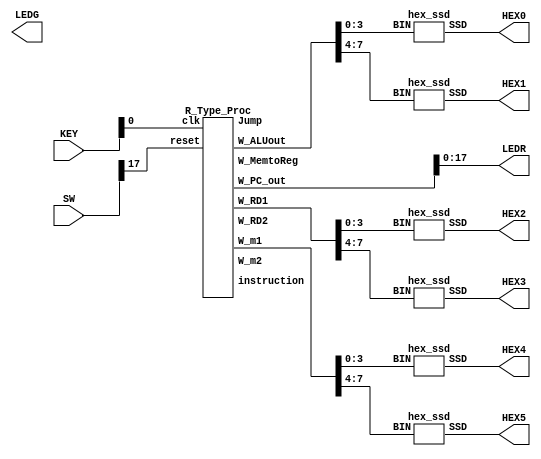
//Test bench
module finalLab(SW,LEDR,LEDG,KEY, HEX5, HEX4, HEX3, HEX2, HEX1, HEX0);
	input [17:0] SW;
    input [3:0] KEY;
    output [0:6] HEX5, HEX4, HEX3, HEX2, HEX1, HEX0;
	output [17:0] LEDR;
	output [7:0] LEDG;

	reg reset, clk;
    wire [31:0] W_PC_out, instruction, W_RD1, W_RD2, W_m1, W_m2, W_ALUout, W_MemtoReg;
    wire Jump;
    	
    assign LEDR=W_PC_out[17:0];
	hex_ssd C1(W_ALUout[3:0], HEX0);
	hex_ssd C2(W_ALUout[7:4], HEX1);
	hex_ssd C3(W_RD1[3:0], HEX2);
	hex_ssd C4(W_RD1[7:4], HEX3);
	hex_ssd C5(W_m1[3:0], HEX4);
	hex_ssd C6(W_m1[7:4], HEX5);	
	
	R_Type_Proc DUT(.reset(SW[17]), .clk(KEY[0]), .W_PC_out(W_PC_out), .instruction(instruction), .W_RD1(W_RD1), .W_RD2(W_RD2), .W_m1(W_m1), .W_m2(W_m2), .W_ALUout(W_ALUout), .W_MemtoReg(W_MemtoReg),.Jump(Jump));	
endmodule



module R_Type_Proc(reset, clk, W_PC_out, instruction, W_RD1, W_RD2, W_m1, W_m2, W_ALUout, W_MemtoReg,Jump);
    input reset, clk;
    output [31:0] W_PC_out, instruction, W_RD1, W_RD2, W_m1, W_m2, W_ALUout, W_MemtoReg;
    output Jump;
    wire [31:0] W_PC_in, W_PC_out, W_PC_plus_1, W_Branch_add, W_RDm,W4,W_Jump_PC;
    wire [4:0] W_m3;
    wire [2:0] ALUop;
    wire PC_Src, RegDst, RegWrite, ALU_Src, zero, MemRead, MemWrite, MemtoReg;
    Program_Counter C1(clk, reset, W_PC_in, W_PC_out);
    Adder32Bit C2(W_PC_out, 32'b1, W_PC_plus_1);
    Mux_32_bit C3(W_PC_plus_1, W_m2, W4, PC_Src);
    Adder32Bit C4(W_PC_plus_1, W_Branch_add, W_m2);
    Instruction_Memory C5(W_PC_out, instruction, reset);
    Mux_5_bit C13(instruction[20:16], instruction[15:11], W_m3, RegDst);
    Register_File C6(clk,instruction[25:21], instruction[20:16], W_m3, W_RD1, W_RD2, W_MemtoReg, RegWrite);
    Sign_Extension C7(instruction[15:0], W_Branch_add);
    Mux_32_bit C8(W_RD2, W_Branch_add, W_m1, ALU_Src);
    alu C9(ALUop, W_RD1, W_m1, W_ALUout, zero);
    Data_Memory C10(W_ALUout, W_RD2, W_RDm, MemRead, MemWrite);
    Mux_32_bit C11(W_ALUout, W_RDm, W_MemtoReg, MemtoReg);
    //Control C12(clk, instruction[31:26],instruction[5:0], RegDst, PC_Src, MemRead, MemtoReg, ALUop, MemWrite, ALU_Src, RegWrite, zero,Jump);
	Control C12(.clk(clk),.Op_intstruct(instruction[31:26]), .ints_function(instruction[5:0]), .RegDst(RegDst), .PcScrc(PC_Src), .MemRead(MemRead), .MemtoReg(MemtoReg), .ALUOp(ALUop), .MemWrite(MemWrite), .ALUSrc(ALU_Src), .RegWrite(RegWrite) , .Zero(zero), .Jump(Jump));
////
//module Control(.clk(clk),.Op_intstruct(instruction[31:26]), .ints_function(instruction[5:0]), .RegDst(RegDst), .PcScrc(PC_Src), .MemRead(MemRead), .MemtoReg(MemtoReg), .ALUOp(ALUop), .MemWrite(MemWrite), .ALUSrc(ALU_Src), .RegWrite(RegWrite) , .Zero(zero), .Jump(Jump));
	//input clk,Zero;
    //input [5:0] ints_function;
    //input [5:0] Op_intstruct;
    //output reg RegDst,PcScrc,MemRead,MemtoReg,Jump;
    //output reg [2:0] ALUOp;
    //output reg MemWrite,ALUSrc,RegWrite;

    
    
    
    Sign_Extension_26   comp14(instruction[25:0], W_Jump_PC);
    Mux_32_bit          comp15(W4, W_Jump_PC, W_PC_in, Jump);
    
endmodule

module Control(clk,Op_intstruct,ints_function,RegDst,PcScrc,MemRead,MemtoReg,ALUOp,MemWrite,ALUSrc,RegWrite,Zero,Jump);
    input clk,Zero;
    input [5:0] ints_function;
    input [5:0] Op_intstruct;
    output reg RegDst,PcScrc,MemRead,MemtoReg,Jump;
    output reg [2:0] ALUOp;
    output reg MemWrite,ALUSrc,RegWrite;
    always @(posedge clk)
    begin
        case(Op_intstruct)
            6'b000000:   // R -Type Instruction
                begin
                    RegDst=1;
                    Jump=0;
                    PcScrc=0;
                    MemRead=0;
                    MemtoReg=0;
                    MemWrite=0;
                    ALUSrc=0;
                    RegWrite=1;
                    ALUOp =3'b000;
                    if(ints_function==6'b100000) // add
                            ALUOp =3'b000;
                                  
                    if(ints_function==6'b100010) // sub 
                            ALUOp =3'b001;
                                   
                    if(ints_function==6'b100100) // and
                            ALUOp =3'b010;
                                   
                    if(ints_function==6'b100101) // or
                            ALUOp =3'b010;
                end
            6'b000100: // beq instruction
                begin
                    RegDst=0;
                    Jump=0;
                    if (Zero==1) begin
                                    PcScrc=1;
                                end 
                    else        begin
                                    PcScrc=0;
                                end
                    MemRead=0;
                    MemtoReg=0;
                    ALUOp =3'b111;
                    MemWrite=0;
                    ALUSrc=0;
                    RegWrite=0;
                  //  $display("beq");
                end
            
            6'b100011:  //load word instruction
                begin
                    RegDst=0;
                    Jump=0;
                    PcScrc=0;
                    MemRead=1;
                    MemtoReg=1;
                    ALUOp =3'b000;
                    MemWrite=0;
                    ALUSrc=1;
                    RegWrite=1;
                  //    $display("LW");
                end
            
            6'b101011: // Store Instruction
                begin
                    RegDst=0;
                    PcScrc=0;
                    Jump=0;
                    MemRead=0;
                    MemtoReg=0;
                    ALUOp =3'b000;
                    MemWrite=1;
                    ALUSrc=1;
                    RegWrite=0;
                  //  $display("SW");
                end
             6'b001000: // addi Instruction
                begin
                    RegDst=0;
                    Jump=0;
                    PcScrc=0;
                    MemRead=0;
                    MemtoReg=0;
                    ALUOp =3'b000;
                    MemWrite=0;
                    ALUSrc=1;
                    RegWrite=1;
                  //    $display("addi");
                end
                
            6'b100010: // jump Instruction
                begin
                    RegDst=0;
                    Jump=1;
                    PcScrc=0;
                    MemRead=0;
                    MemtoReg=0;
                    ALUOp =3'b000;
                    MemWrite=0;
                    ALUSrc=1;
                    RegWrite=1;
                 //   $display("Jump");
                end
            6'b000101:  //bne
                begin
                    RegDst=0;
                    Jump=0;
                    if (Zero==0) begin
                                    PcScrc=1;
                                end 
                    else        begin
                                    PcScrc=0;
                                end
                    MemRead=0;
                    MemtoReg=0;
                    ALUOp =3'b111;
                    MemWrite=0;
                    ALUSrc=0;
                    RegWrite=0;
                  //  $display("brne");
                end
                
            default :
                begin
                    RegDst=1;
                    PcScrc=0;
                    Jump=0;
                    MemRead=0;
                    MemRead=0;
                    MemtoReg=0;
                    ALUOp =3'b000;
                    MemWrite=0;
                    ALUSrc=0;
                    RegWrite=1;
                end
        endcase
    end



endmodule

module Program_Counter (clk, reset, PC_in, PC_out);
	input clk, reset;
	input [31:0] PC_in;
	output reg [31:0] PC_out;
	always @ (posedge clk or posedge reset)
	begin
		if(reset==1'b1)
			PC_out<=0;
		else
			PC_out<=PC_in;
	end
endmodule

module Adder32Bit(input1, input2, out);
    input [31:0] input1, input2;
    output [31:0] out;
    reg [31:0]out;
    always@( input1 or input2)
        begin
            out <= input1 + input2;
        end
endmodule

module alu(
	input [2:0] alufn,
	input [31:0] ra,
	input [31:0] rb_or_imm,
	output reg [31:0] aluout,
	output reg zero);
	parameter	ALU_OP_ADD	    = 3'b000,
			    ALU_OP_SUB	    = 3'b001,
			    ALU_OP_AND	    = 3'b010,
			    ALU_OP_OR		= 3'b011,
			    ALU_OP_XOR	    = 3'b100,
			    ALU_OP_LW		= 3'b101,
			    ALU_OP_SW		= 3'b110,
			    ALU_OP_BEQ	    = 3'b111;

always @(*) 
begin
		case(alufn)
			ALU_OP_ADD 	    : aluout = ra + rb_or_imm;
			ALU_OP_SUB 	    : aluout = ra - rb_or_imm;
			ALU_OP_AND 	    : aluout = ra & rb_or_imm;
			ALU_OP_OR	    : aluout = ra | rb_or_imm;
			ALU_OP_XOR	    : aluout = ra ^ rb_or_imm;
			ALU_OP_LW	    : aluout = ra + rb_or_imm;
			ALU_OP_SW	    : aluout = ra + rb_or_imm;
			ALU_OP_BEQ	    : begin
					            zero = (ra==rb_or_imm)?1'b1:1'b0;
					            aluout = ra - rb_or_imm;
					          end
		endcase
end
endmodule
module Register_File (clk,read_addr_1, read_addr_2, write_addr, read_data_1, read_data_2, write_data, RegWrite);
	input [4:0] read_addr_1, read_addr_2, write_addr;
	input [31:0] write_data;
	input  clk,RegWrite;
	reg checkRegWrite;
	output reg [31:0] read_data_1, read_data_2;
	reg [31:0] Regfile [31:0];
	integer k;
	initial begin
	for (k=0; k<32; k=k+1) 
			begin
				Regfile[k] = 32'd10;
			end
	Regfile[0]=10;
    Regfile[8]=22;
    Regfile[9]=21;
    Regfile[5]=77;
    Regfile[7]=99;
    Regfile[21]=55;
    Regfile[20]=55;
    
	end
	
	//assign read_data_1 = Regfile[read_addr_1];
        always @(read_data_1 or Regfile[read_addr_1])
	        begin
	          if (read_addr_1 == 0) read_data_1 = 0;
	          else 
	          begin
	          read_data_1 = Regfile[read_addr_1];
	          //$display("read_addr_1=%d,read_data_1=%h",read_addr_1,read_data_1);
	          end
	        end
	//assign read_data_2 = Regfile[read_addr_2];
        always @(read_data_2 or Regfile[read_addr_2])
	        begin
	          if (read_addr_2 == 0) read_data_2 = 0;
	          else 
	          begin
	          read_data_2 = Regfile[read_addr_2];
	          //$display("read_addr_2=%d,read_data_2=%h",read_addr_2,read_data_2);
	          end
	        end
	always @(posedge clk)
	        begin
		      if (RegWrite == 1'b1)
		         begin 
		             Regfile[write_addr] = write_data;
		             $display("write_addr=%d write_data=%h",write_addr,write_data);
		         end
	        end
endmodule

module Data_Memory (addr, write_data, read_data, MemRead, MemWrite);
	input [31:0] addr;
	input [31:0] write_data;
	output [31:0] read_data;
	input MemRead, MemWrite;
	reg [31:0] DMemory [63:0];
	integer k;
	assign read_data = (MemRead) ? DMemory[addr] : 32'bx;
//	initial begin
		//for (k=0; k<64; k=k+1) 
            //begin
		      //     DMemory[k] = 32'b0;
			//end
		//DMemory[11] = 99;
	//end
	always @(*)
	begin
		if (MemWrite) DMemory[addr] = write_data;
	end
endmodule

module Sign_Extension (sign_in, sign_out);
	input [15:0] sign_in;
	output [31:0] sign_out;
	assign sign_out[15:0]=sign_in[15:0];
	assign sign_out[31:16]=sign_in[15]?16'b1111_1111_1111_1111:16'b0;
endmodule

module Mux_32_bit (in0, in1, mux_out, select);
	parameter N = 32;
	input [N-1:0] in0, in1;
	output [N-1:0] mux_out;
	input select;
	assign mux_out = select? in1: in0 ;
endmodule

module Mux_5_bit (in0, in1, mux_out, select);
	parameter N = 5;
	input [N-1:0] in0, in1;
	output [N-1:0] mux_out;
	input select;
	assign mux_out = select? in1: in0 ;
endmodule

module Instruction_Memory (read_address, instruction, reset);
	input reset;
	input [31:0] read_address;
	output [31:0] instruction;
	reg [31:0] Imemory [63:0];
	integer k;
	// I-MEM in this case is addressed by word, not by byte
	assign instruction = Imemory[read_address];
	always @(posedge reset)
	begin
	for (k=16; k<32; k=k+1) 
		begin  
		  // here Out changes k=0 to k=16
		  Imemory[k] = 32'b0;
		end
    //addi $s2, $zero, 0x55 //  load immediate value 0x55 to register $s2
    Imemory[0] = 32'b00100000000100100000000001010101;
    //addi $s3, $zero, 0x22 //  load immediate value 0x22 to register $s3
    Imemory[1] = 32'b00100000000100110000000000100010;
    //addi $s5, $zero, 0x77 //  load immediate value 0x77 to register $s5
    Imemory[2] = 32'b00100000000101010000000001110111;
    //add $s4,  $s2, $s3	    //	$s4 = $s2 + $s3  => R20=0x77 
    Imemory[3] = 32'b00000010010100111010000000100000;
    //sub $s1, $s2, $s3	    //	$s1 = $s2  $s3  => R17=0x22 
    Imemory[4] = 32'b00000010010100111000100000100010;
    //sw  $s1, 0x02($s2)	    //	Memory[$s2+0x02] = $s1
    Imemory[5] = 32'b10101110010100010000000000000010;
    //lw $s6, 0x02($s2)	        //	$s6 = Memory[$s2+0x02] 
    Imemory[6] = 32'b10001110010101100000000000000010;
    //beq $s4,$s5, End      //beq $s4,$s5, 0x03
    Imemory[7] = 32'b00010010100101010000000000000011;
    //addi $s7, $zero, 0x10
    Imemory[8] = 32'b00100000000101110000000000010000;
    //bne $s5, $s4, End	    //bne $s4, $s5, 0x01
    Imemory[9] = 32'b00010110100101010000000000000001;
    //addi $s7, $zero, 0x20 
    Imemory[10] = 32'b00100000000101110000000000100000;
    //j 0x0b
    Imemory[11] = 32'b10001000000000000000000000000000;


	end
endmodule

module Sign_Extension_26 (sign_in, sign_out);
	input [25:0] sign_in;
	output [31:0] sign_out;
	assign sign_out[25:0]=sign_in[25:0];
	assign sign_out[31:26]=sign_in[25]?6'b111111:6'b0;
endmodule

module hex_ssd (BIN, SSD);
  input [3:0] BIN;
  output reg [0:6] SSD;

  always@(*) begin
    case(BIN)
      0:SSD=7'b0000001;
      1:SSD=7'b1001111;
      2:SSD=7'b0010010;
      3:SSD=7'b0000110;
      4:SSD=7'b1001100;
      5:SSD=7'b0100100;
      6:SSD=7'b0100000;
      7:SSD=7'b0001111;
      8:SSD=7'b0000000;
      9:SSD=7'b0001100;
      10:SSD=7'b0001000;
      11:SSD=7'b1100000;
      12:SSD=7'b0110001;
      13:SSD=7'b1000010;
      14:SSD=7'b0110000;
      15:SSD=7'b0111000;
    endcase
  end
endmodule